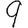
Digit: 9